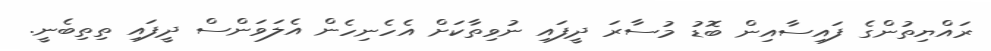
ރައްޔިތުންގެ ފައިސާއިން ބޮޑު މުސާރަ ދީފައި ނުވިތާކަށް އެހެނިހެން އެލަވަންސް ދީފައި ތިތިބެނީ.